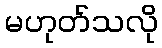
မဟုတ်သလို